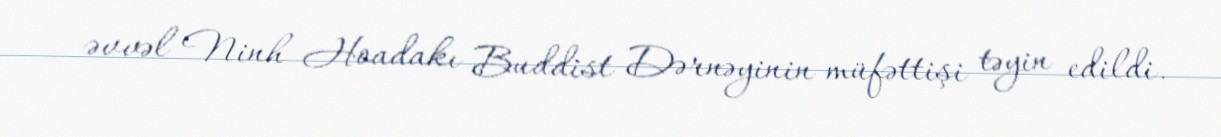
əvvəl Ninh Hoadakı Buddist Dərnəyinin müfəttişi təyin edildi.